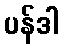
ပန်ဒါ